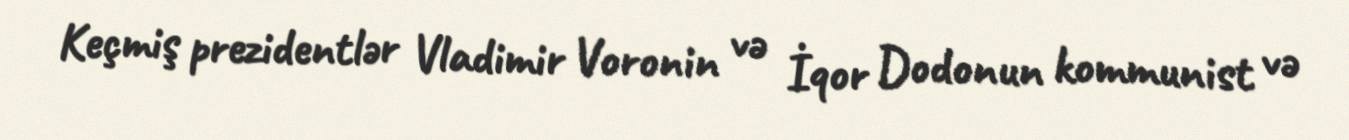
Keçmiş prezidentlər Vladimir Voronin və İqor Dodonun kommunist və